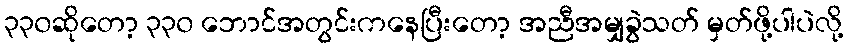
၃၃၀ဆိုတော့ ၃၃၀ ဘောင်အတွင်းကနေပြီးတော့ အညီအမျှခွဲသတ် မှတ်ဖို့ပါပဲလို့